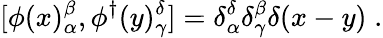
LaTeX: [\phi(x)_{\alpha}^{\beta},\phi^{\dagger}(y)_{\gamma}^{\delta}]=\delta_{\alpha}^{\delta}\delta_{\gamma}^{\beta}\delta(x-y)\; .